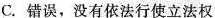
C.错误，没有依法行使立法权